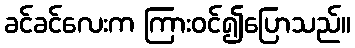
ခင်ခင်လေးက ကြားဝင်၍ပြောသည်။